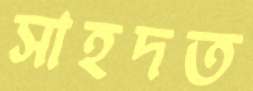
সাহদত